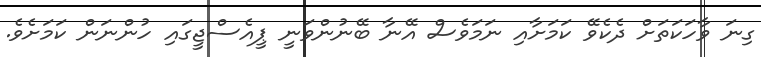
ގިނަ ވާހަކަތަށް ދެކެވޭ ކަމަށާއި ނަމަވެސް އޭނާ ބޭނުންވަނީ ޕީއެސްޖީގައި ހުންނަން ކަމަށެވެ.